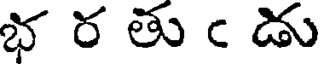
భ ర తు ఁ డు